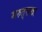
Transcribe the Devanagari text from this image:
मरुत्‌सखा